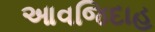
આવજિદાહ